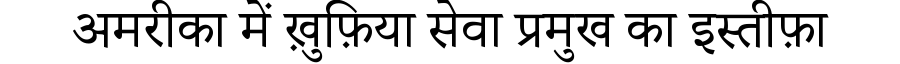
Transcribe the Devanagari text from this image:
अमरीका में ख़ुफ़िया सेवा प्रमुख का इस्तीफ़ा